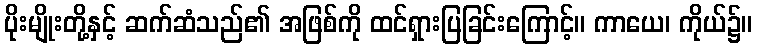
ပိုးမျိုးတို့နှင့် ဆက်ဆံသည်၏ အဖြစ်ကို ထင်ရှားပြခြင်းကြောင့်။ ကာယေ၊ ကိုယ်၌။